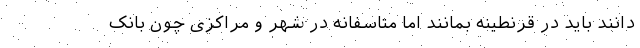
دانند باید در قرنطینه بمانند اما متاسفانه در شهر و مراکزی چون بانک